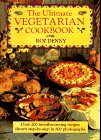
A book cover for The Ultimate Vegetarian Cookbook; Roz Denny; Health, Fitness & Dieting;